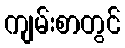
ကျမ်းစာတွင်